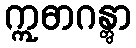
ဣဓာဂန္တွာ